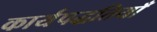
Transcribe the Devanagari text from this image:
कार्यपद्धतियाँ